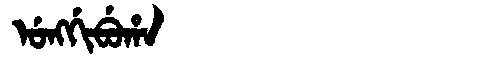
Manchu: ᡠᠩᡤᡳᠪᡠᡥᠠ
Romanization: UNGGIBUHA